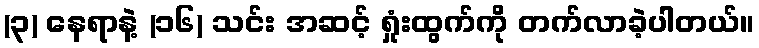
(၃) နေရာနဲ့ (၁၆) သင်း အဆင့် ရှုံးထွက်ကို တက်လာခဲ့ပါတယ်။